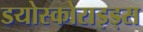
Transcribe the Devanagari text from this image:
डयोस्कोराइड्स